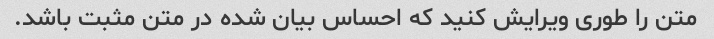
متن را طوری ویرایش کنید که احساس بیان شده در متن مثبت باشد.